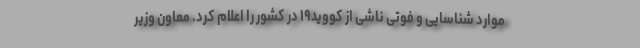
موارد شناسایی و فوتی ناشی از کووید۱۹ در کشور را اعلام کرد. معاون وزیر